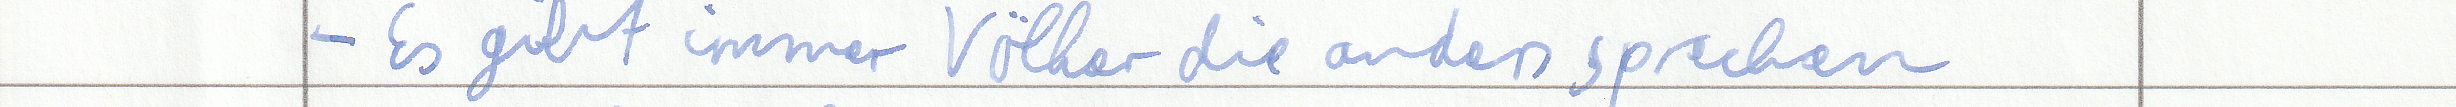
- Es gibt immer Völker die anders sprechen